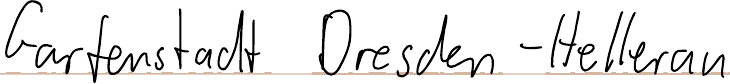
Gartenstadt Dresden-Hellerau